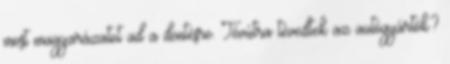
most magyarázatot ad a döntésre. Tévútra tévedtek az autógyártók?